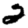
Digit: 2